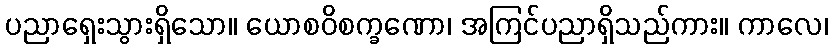
ပညာရှေးသွားရှိသော။ ယောစဝိစက္ခဏော၊ အကြင်ပညာရှိသည်ကား။ ကာလေ၊